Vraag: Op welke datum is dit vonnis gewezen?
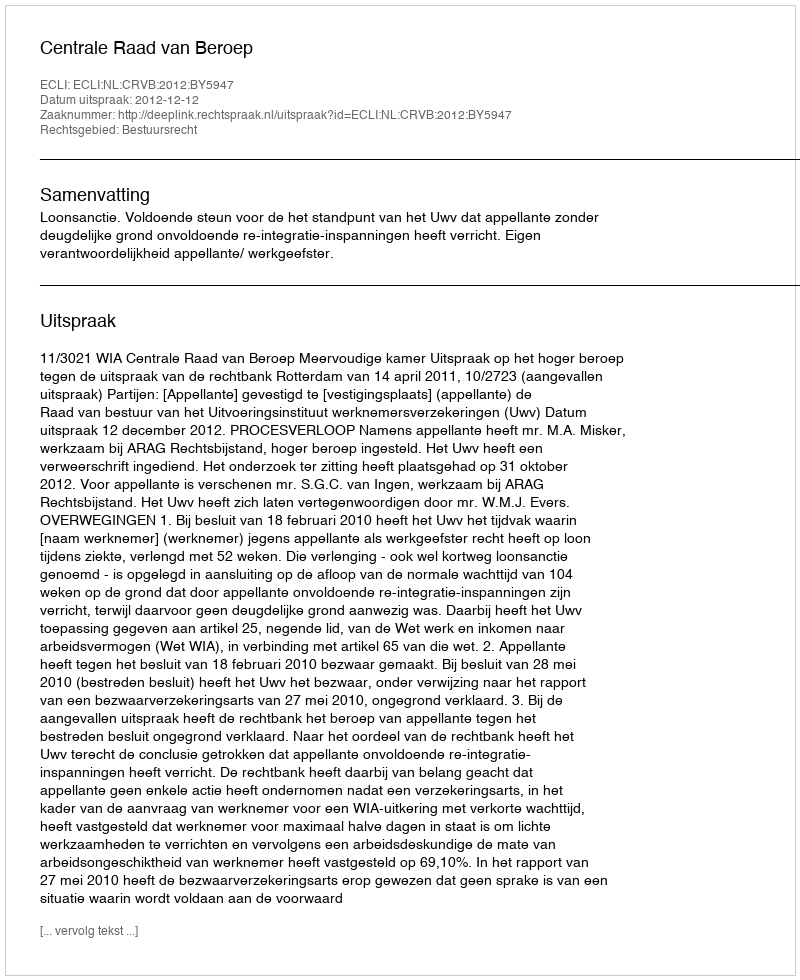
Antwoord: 2012-12-12